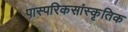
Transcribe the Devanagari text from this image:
पास्परिकसांस्कृतिक